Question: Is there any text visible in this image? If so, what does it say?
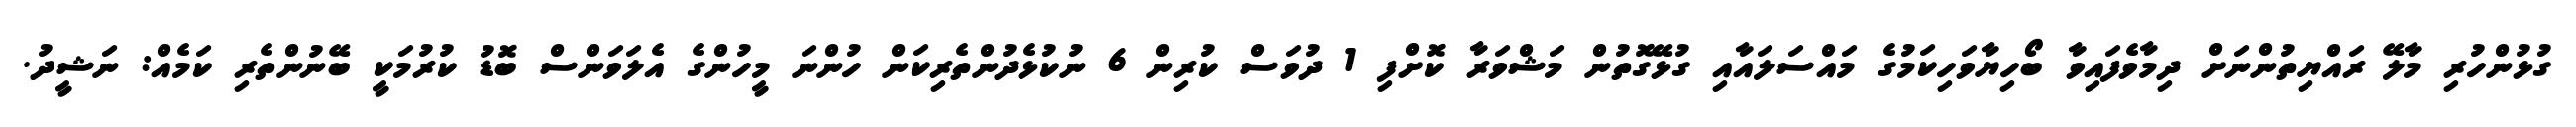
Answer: ގުޅުންހުރި މާލޭ ރައްޔިތުންނަށް ދިމާވެފައިވާ ބޯހިޔާވަހިކަމުގެ މައްސަލައާއި ގުޅޭގޮތުން މަޝްވަރާ ކޮށްފި 1 ދުވަސް ކުރިން 6 ނުކުޅެދުންތެރިކަން ހުންނަ މީހުންގެ އެލަވަންސް ބޮޑު ކުރުމަކީ ބޭނުންތެރި ކަމެއް: ނަޝީދު.